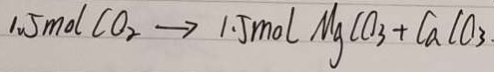
1 . 5 m o l C O _ { 2 } \rightarrow 1 . 5 m o l M g C O _ { 3 } + C a C O _ { 3 } .